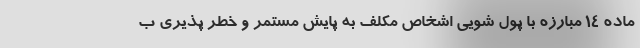
ماده 14 مبارزه با پول شویی اشخاص مکلف به پایش مستمر و خطر پذیری ب